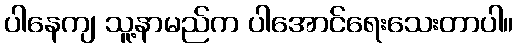
ပါနေကျ သူ့နာမည်က ပါအောင်ရေးသေးတာပါ။